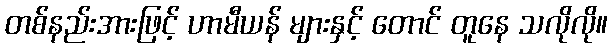
တစ်နည်းအားဖြင့် ဟာမီယန် များနှင့် တောင် တူနေ သလိုလို။